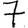
Digit: 7